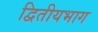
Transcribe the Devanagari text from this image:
द्वितीयभाग